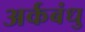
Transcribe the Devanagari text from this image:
अर्कबंधु